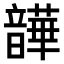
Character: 𫖛